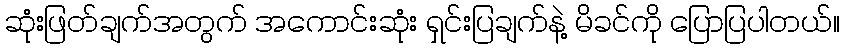
ဆုံးဖြတ်ချက်အတွက် အကောင်းဆုံး ရှင်းပြချက်နဲ့ မိခင်ကို ပြောပြပါတယ်။